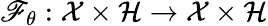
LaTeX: \mathscr{F}_{\theta}:\mathcal{{X}}\times\mathcal{{H}}\rightarrow\mathcal{{X}}\times\mathcal{{H}}